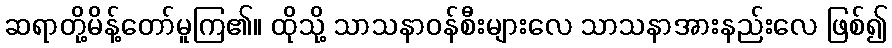
ဆရာတို့မိန့်တော်မူကြ၏။ ထိုသို့ သာသနာဝန်စီးများလေ သာသနာအားနည်းလေ ဖြစ်၍